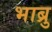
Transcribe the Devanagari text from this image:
भाब्रु